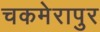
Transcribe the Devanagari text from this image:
चकमेरापुर